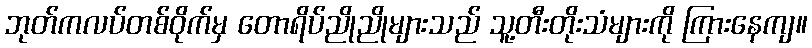
ဘုတ်ကလပ်တစ်ဝိုက်မှ တောရိပ်ညိုညိုများသည် သူ့တီးတိုးသံများကို ကြားနေကျ။